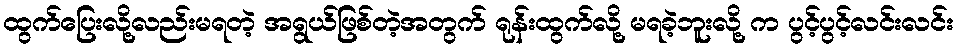
ထွက်ပြေးလို့လည်းမရတဲ့ အရွယ်ဖြစ်တဲ့အတွက် ရုန်းထွက်လို့ မရခဲ့ဘူးလို့ က ပွင့်ပွင့်လင်းလင်း